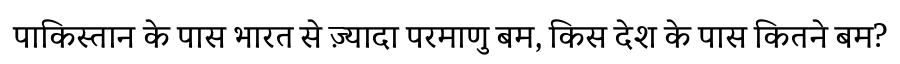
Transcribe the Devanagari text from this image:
पाकिस्तान के पास भारत से ज़्यादा परमाणु बम, किस देश के पास कितने बम?